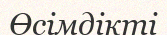
Өсімдікті